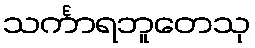
သင်္ကာရဘူတေသု